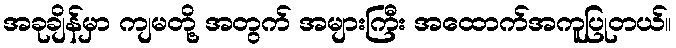
အခုချိန်မှာ ကျမတို့ အတွက် အများကြီး အထောက်အကူပြုတယ်။